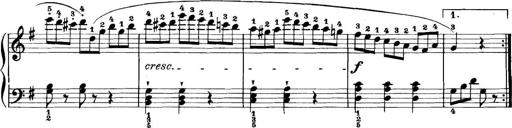
Title: 11 Sonatinas
Composer: Anton Diabelli